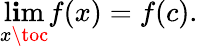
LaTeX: \operatorname*{l\mathbf{i}m}_{x\toc}f(x)=f(c).